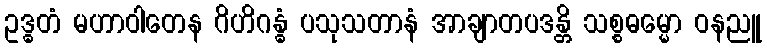
ဥဒ္ဓတံ မဟာဝါတေန ဂိဟိဂန္ဓံ ပသုသတာနံ အာချာတပဒန္တိ သစ္စဓမ္မော ဝနညူ